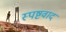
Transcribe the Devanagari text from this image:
स्पष्टवाद